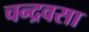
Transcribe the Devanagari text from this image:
चन्द्रवसा